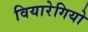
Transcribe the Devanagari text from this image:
वियारेगियो